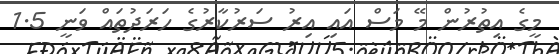
މީގެ އިތުރުން މޭ މަސް އައި އިރު ސަރުކާރުގެ ހަރަދުތައް ވަނީ 1.5